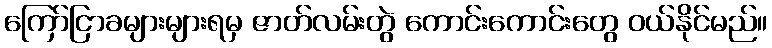
ကြော်ငြာခများများရမှ ဇာတ်လမ်းတွဲ ကောင်းကောင်းတွေ ဝယ်နိုင်မည်။